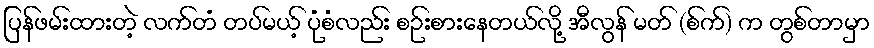
ပြန်ဖမ်းထားတဲ့ လက်တံ တပ်မယ့် ပုံစံလည်း စဉ်းစားနေတယ်လို့ အီလွန် မတ် (စ်က်) က တွစ်တာမှာ